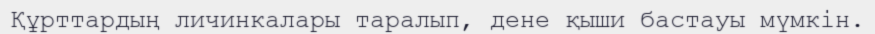
Құрттардың личинкалары таралып, дене қыши бастауы мүмкін.